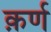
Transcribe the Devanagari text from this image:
क़र्ण